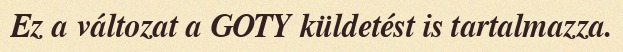
Ez a változat a GOTY küldetést is tartalmazza.